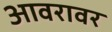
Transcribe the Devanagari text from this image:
आवरावर